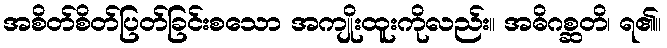
အစိတ်စိတ်ပြတ်ခြင်းစသော အကျိုးထူးကိုလည်း။ အဓိဂစ္ဆတိ၊ ရ၏။